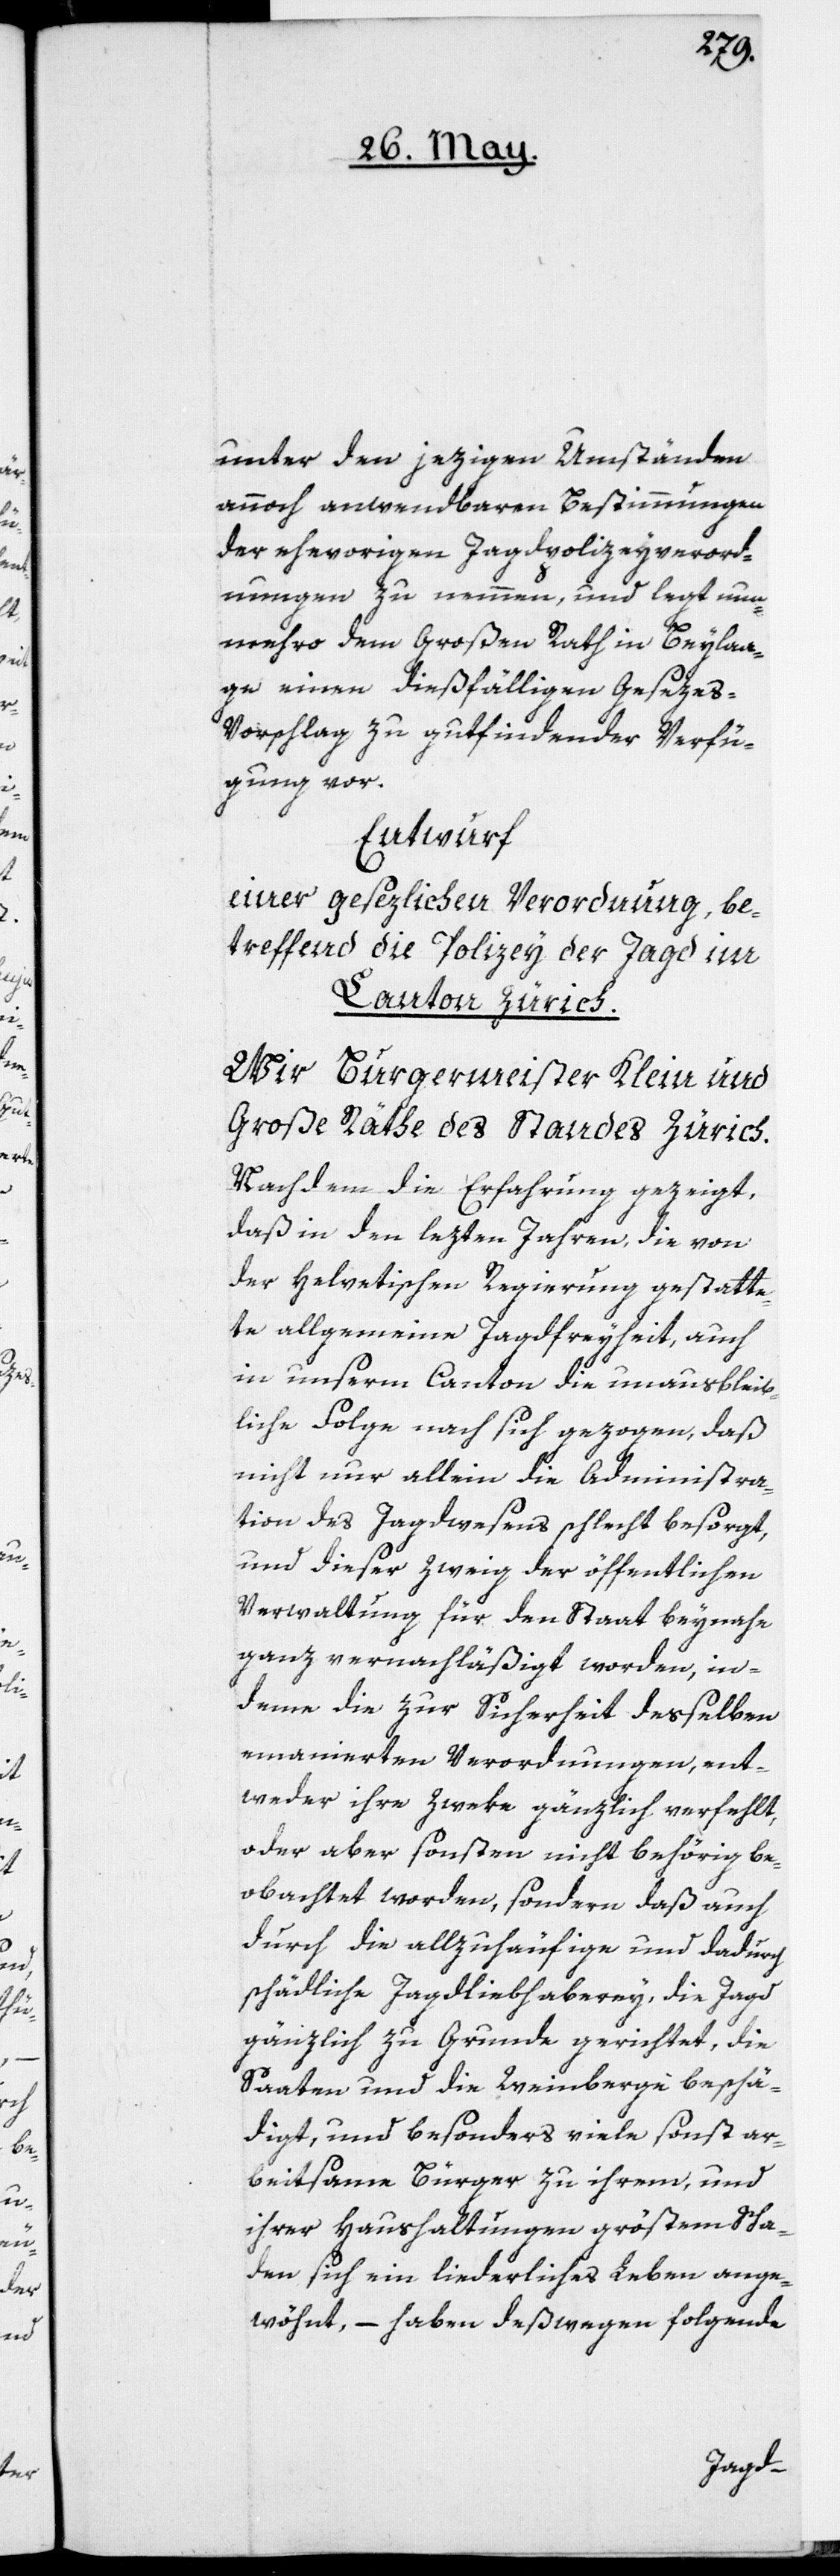
unter den jezigen Umständen
annoch anwendbaren Bestimmungen
der ehevorigen Jagdpolizeyverord¬
nungen zu nehmen, und legt nun¬
mehro dem Großen Rath in Beyla¬
ge einen dießfälligen Geseze¬
s-Vorschlag zu gutfindender Verfü¬
gung vor.
Entwurf
einer gesezlichen Verordnung, be¬
treffend die Polizey der Jagd im
Canton Zürich.
Wir Burgermeister, Klein und
Große Räthe des Standes Zürich.
Nachdem die Erfahrung gezeigt,
daß in den lezten Jahren, die von
der Helvetischen Regierung gestatte¬
te allgemeine Jagdfreyheit, auch
in unserm Canton die unausbleib¬
liche Folge nach sich gezogen, daß
nicht nur allein die Administra¬
tion des Jagdwesens schlecht besorgt,
Verwaltung für den Staat beynahe
ganz vernachläßigt worden, in¬
deme die zur Sicherheit desselben
emanierten Verordnungen, ent¬
weder ihre Zweke gänzlich verfehlt,
oder aber sonsten nicht behörig be¬
obachtet worden, sondern daß auch
durch die allzuhäufige und dadurch
schädliche Jagdliebhaberey, die Jagd
gänzlich zu Grunde gerichtet, die
Saaten und die Weinberge beschä¬
digt, und besonders viele sonst ar¬
beitsame Bürger zu ihrem, und
ihrer Haushaltungen größtem Scha¬
den sich ein liederliches Leben ange¬
wöhnt, – haben deßwegen folgende
zweig der